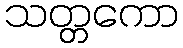
သတ္တကော